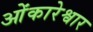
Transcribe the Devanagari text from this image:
ओंकारेश्वार